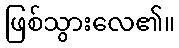
ဖြစ်သွားလေ၏။